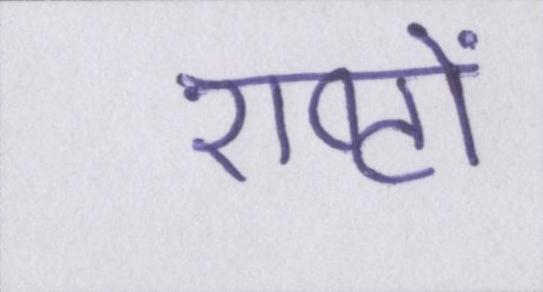
राष्ट्रों